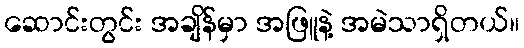
ဆောင်းတွင်း အချိန်မှာ အဖြူနဲ့ အမဲသာရှိတယ်။